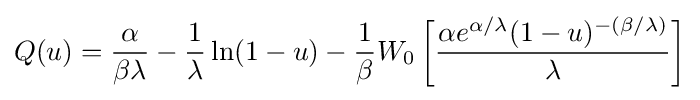
Q(u)={\frac {\alpha }{\beta \lambda }}-{\frac {1}{\lambda }}\ln(1-u)-{\frac {1}{\beta }}W_{0}\left[{\frac {\alpha e^{\alpha /\lambda }(1-u)^{-(\beta /\lambda )}}{\lambda }}\right]